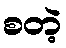
စတဲ့